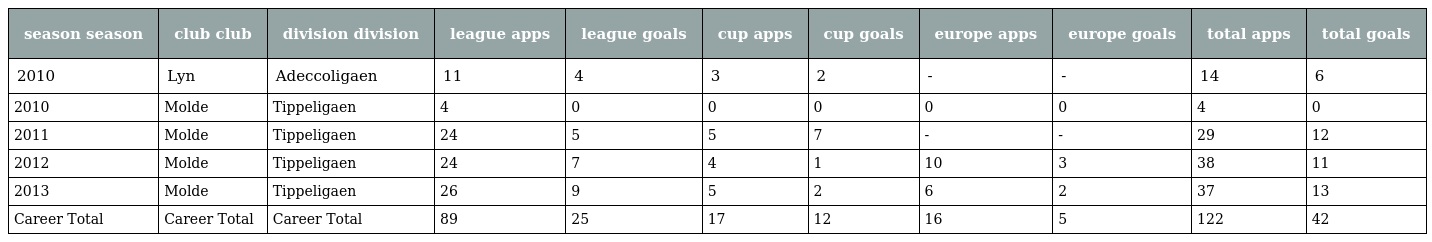
| season season | club club | division division | league apps | league goals | cup apps | cup goals | europe apps | europe goals | total apps | total goals |
 | --- | --- | --- | --- | --- | --- | --- | --- | --- | --- | --- |
 | 2010 | Lyn | Adeccoligaen | 11 | 4 | 3 | 2 | - | - | 14 | 6 |
 | 2010 | Molde | Tippeligaen | 4 | 0 | 0 | 0 | 0 | 0 | 4 | 0 |
 | 2011 | Molde | Tippeligaen | 24 | 5 | 5 | 7 | - | - | 29 | 12 |
 | 2012 | Molde | Tippeligaen | 24 | 7 | 4 | 1 | 10 | 3 | 38 | 11 |
 | 2013 | Molde | Tippeligaen | 26 | 9 | 5 | 2 | 6 | 2 | 37 | 13 |
 | Career Total | Career Total | Career Total | 89 | 25 | 17 | 12 | 16 | 5 | 122 | 42 |